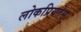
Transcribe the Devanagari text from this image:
लोकप्रियतेस